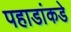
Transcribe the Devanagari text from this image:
पहाडांकडे